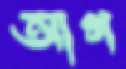
আগ